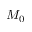
M _ { 0 }